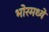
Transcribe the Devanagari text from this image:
भोरमध्ये